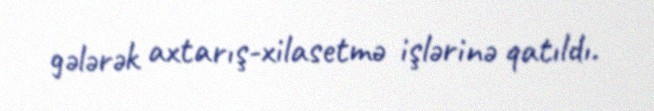
gələrək axtarış-xilasetmə işlərinə qatıldı.